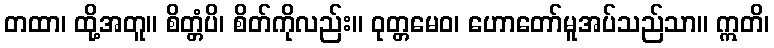
တထာ၊ ထို့အတူ။ စိတ္တံပိ၊ စိတ်ကိုလည်း။ ဝုတ္တမေဝ၊ ဟောတော်မူအပ်သည်သာ။ ဣတိ၊